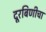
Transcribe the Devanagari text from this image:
दूरबिणीचा